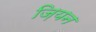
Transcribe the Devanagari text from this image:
ज़ियन